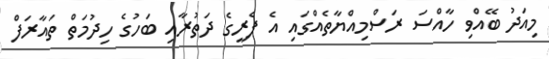
މިއަދު ބޭއްވި ހާއްސަ ރަސްމިއްޔާތެއްގައި އެ ފެރީގެ ދަތުރާއި ބަހުގެ ހިދުމަތް ތައާރަފް